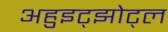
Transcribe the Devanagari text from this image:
अहुइट्झोट्ल